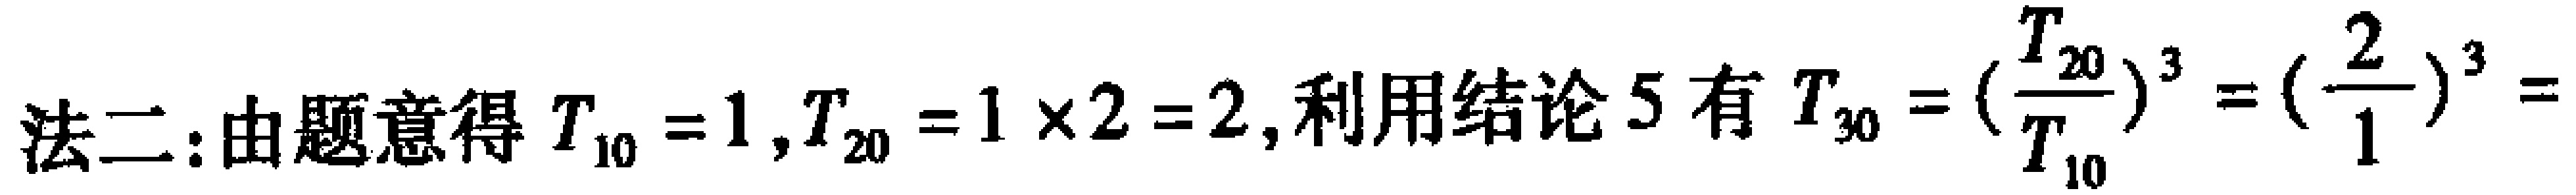
法二：由题意得 \(T_{10}=1,T_{20}=1\times 2 = 2\), 利用结论5有 \(T_{30}=(\frac{T_{20}}{T_{10}})^3=(\frac{2}{1})^3=\)